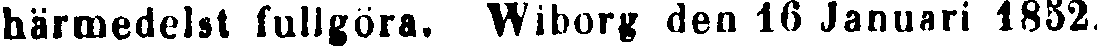
härmedelst fullgöra. Wiborg den 16 Januari 1852.